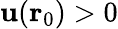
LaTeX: \mathbf{u}({\mathbf{{r}}}_{0})>0